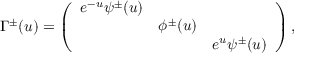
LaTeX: \Gamma ^ { \pm } ( u ) = \left( \begin{array} { c c c } { { e ^ { - u } \psi ^ { \pm } ( u ) } } & { { } } & { { } } \\ { { } } & { { \phi ^ { \pm } ( u ) } } & { { } } \\ { { } } & { { } } & { { e ^ { u } \psi ^ { \pm } ( u ) } } \end{array} \right) ,